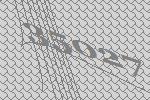
35027